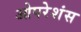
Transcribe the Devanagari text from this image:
ओपरेशंस